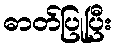
ဓာတ်ပြုပြီး